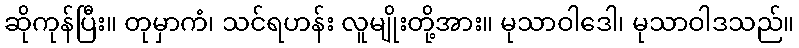
ဆိုကုန်ပြီး။ တုမှာကံ၊ သင်ရဟန်း လူမျိုးတို့အား။ မုသာဝါဒေါ၊ မုသာဝါဒသည်။